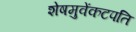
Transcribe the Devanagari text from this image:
शेषमुवेंकटपति